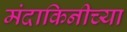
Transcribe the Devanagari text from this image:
मंदाकिनीच्या